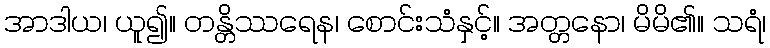
အာဒါယ၊ ယူ၍။ တန္တိဿရေန၊ စောင်းသံနှင့်။ အတ္တနော၊ မိမိ၏။ သရံ၊